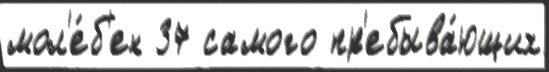
мол'е́б'ен 37 самого пр'ебыва́ющих